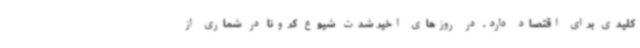
کلیدی برای اقتصاد دارد. در روزهای اخیر شدت شیوع کرونا در شماری از